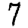
Digit: 7